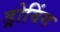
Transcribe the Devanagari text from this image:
ड्रोविंग